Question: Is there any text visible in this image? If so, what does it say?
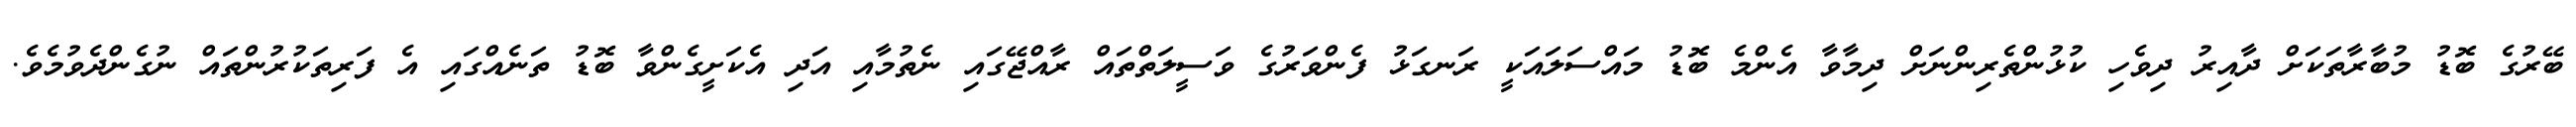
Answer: ބޭރުގެ ބޮޑު މުބާރާތަކަށް ދާއިރު ދިވެހި ކުޅުންތެރިންނަށް ދިމާވާ އެންމެ ބޮޑު މައްސަލައަކީ ރަނގަޅު ފެންވަރުގެ ވަސީލަތްތައް ރާއްޖޭގައި ނެތުމާއި އަދި އެކަށީގެންވާ ބޮޑު ތަނެއްގައި އެ ފަރިތަކުރުންތައް ނުގެންދެވުމެވެ.